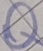
Text: Q